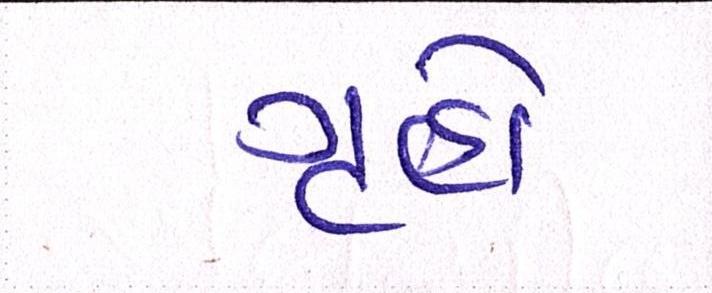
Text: ગૃહો